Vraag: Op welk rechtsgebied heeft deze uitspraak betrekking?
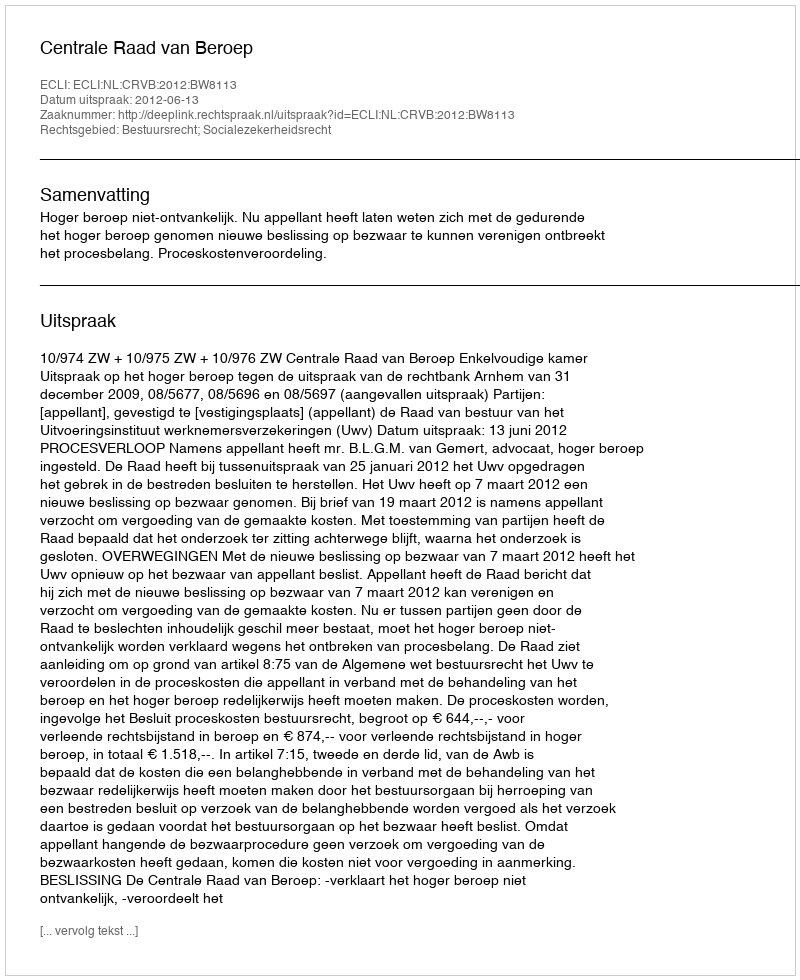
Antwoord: Bestuursrecht; Socialezekerheidsrecht